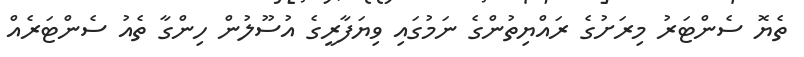
ތެޔޮ ސެންޓަރު މިރަށުގެ ރައްޔިތުންގެ ނަމުގައި ވިޔަފާރީގެ އުސޫލުން ހިންގާ ތެއު ސެންޓަރެއް